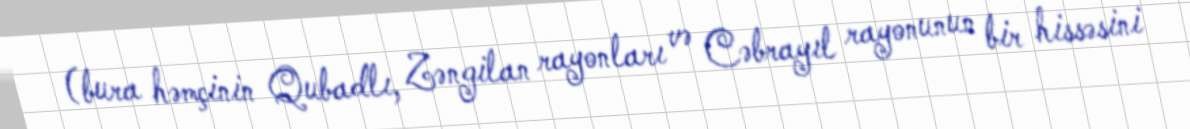
(bura həmçinin Qubadlı, Zəngilan rayonları və Cəbrayıl rayonunun bir hissəsini